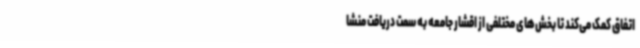
اتفاق کمک می‌کند تا بخش‌های مختلفی از اقشار جامعه به سمت دریافت منشا